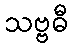
သဗ္ဗဓီ